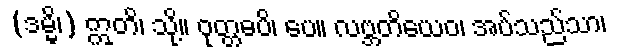
(ဒမ္မိ၊) ဣတိ၊ သို့။ ဝုတ္တဓပိ၊ ပေ။ လဗ္ဘတိယေဝ၊ အပ်သည်သာ၊